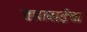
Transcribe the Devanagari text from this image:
ताराबाईचा